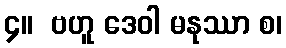
၄။  ဗဟူ ဒေဝါ မနုဿာ စ၊